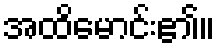
အထိမောင်း၏။